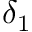
\delta _ { 1 }